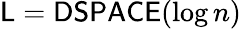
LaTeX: {\mathsf{L}}={\mathsf{DSPACE}}(\log n)